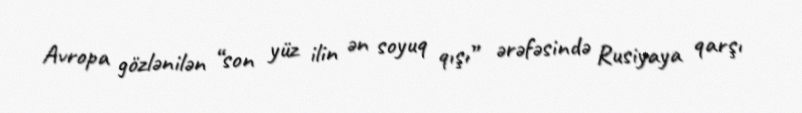
Avropa gözlənilən “son yüz ilin ən soyuq qışı” ərəfəsində Rusiyaya qarşı